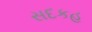
સદકહ